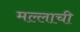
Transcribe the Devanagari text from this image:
मल्लाची